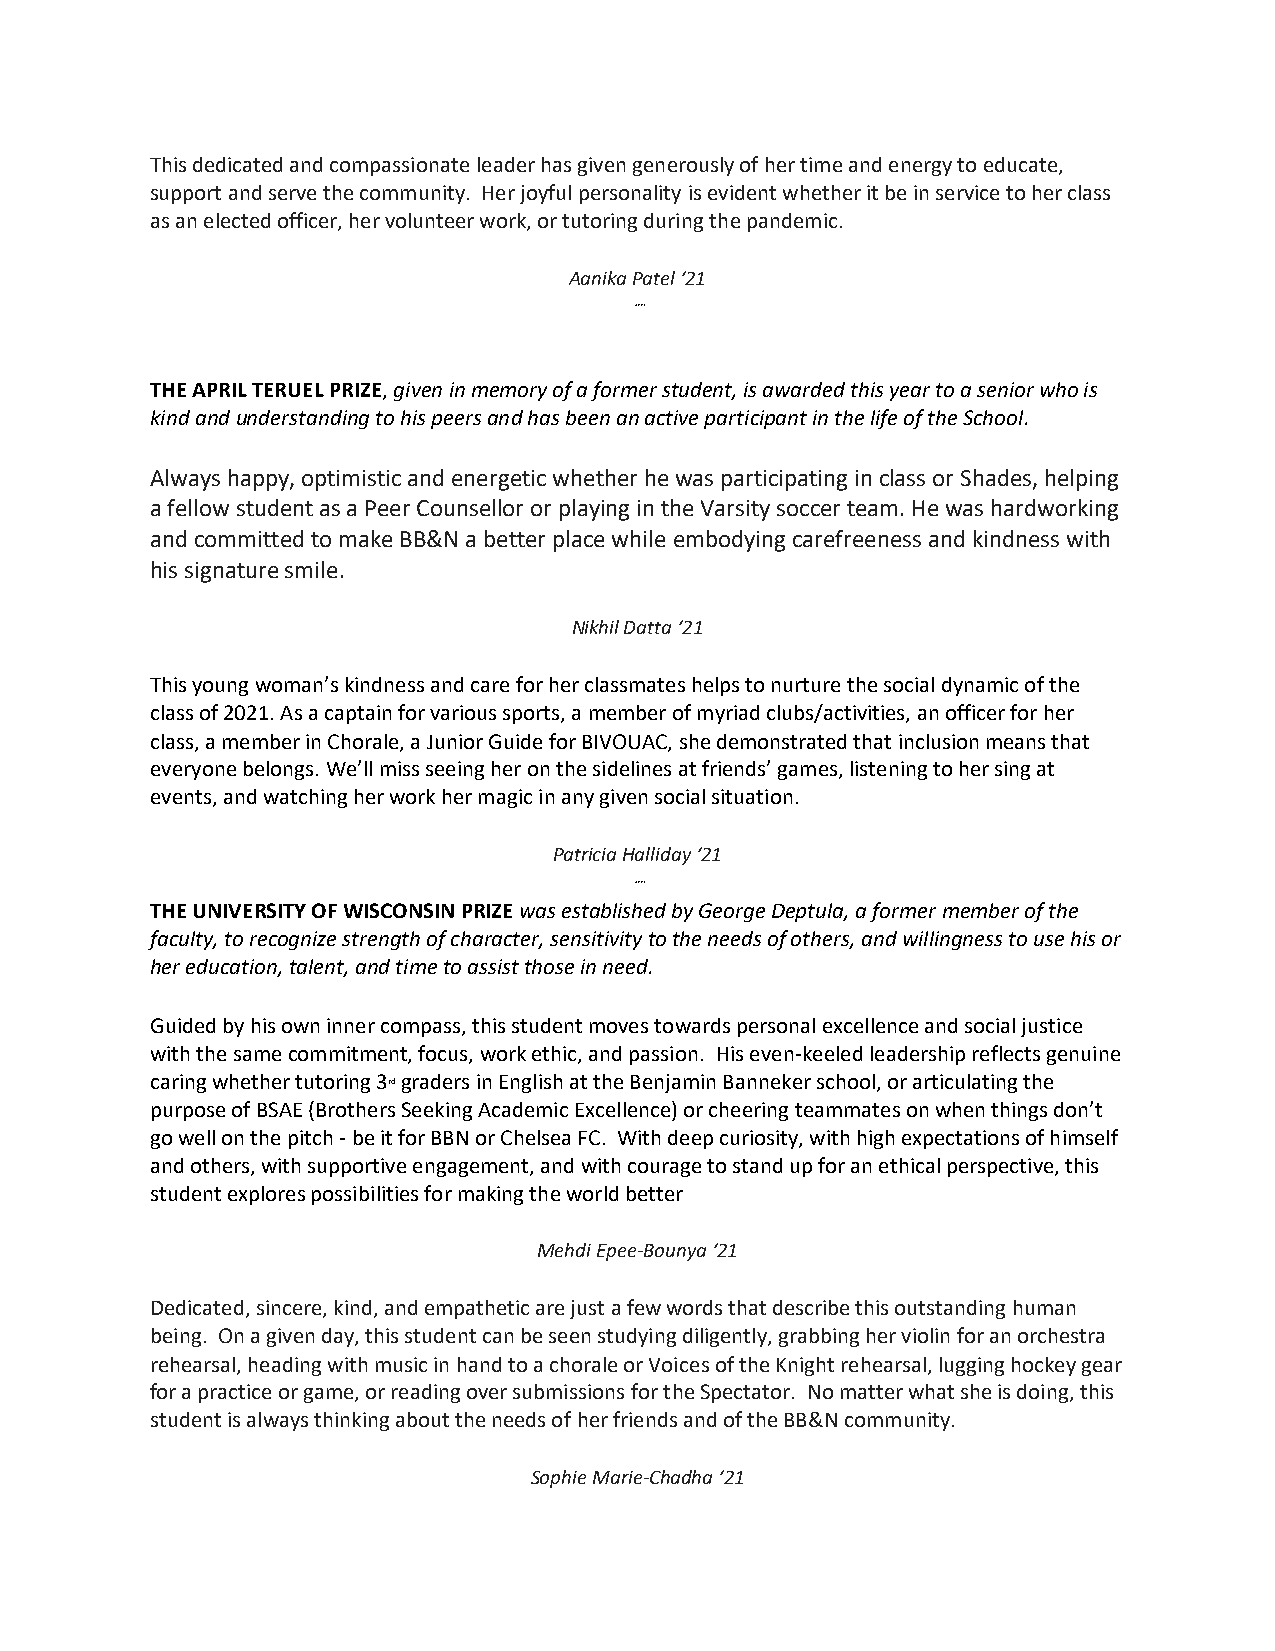
This dedicated and compassionate leader has given generously of her time and energy to educate,
 support and serve the community. Her joyful personality is evident whether it be in service to her class
 as an elected officer, her volunteer work, or tutoring during the pandemic.
 Aanika Patel ‘21
 ┉
 THE APRIL TERUEL PRIZE, given in memory of a former student, is awarded this year to a senior who is
 kind and understanding to his peers and has been an active participant in the life of the School.
 Always happy, optimistic and energetic whether he was participating in class or Shades, helping
 a fellow student as a Peer Counsellor or playing in the Varsity soccer team. He was hardworking
 and committed to make BB&N a better place while embodying carefreeness and kindness with
 his signature smile.
 Nikhil Datta ‘21
 This young woman’s kindness and care for her classmates helps to nurture the social dynamic of the
 class of 2021. As a captain for various sports, a member of myriad clubs/activities, an officer for her
 class, a member in Chorale, a Junior Guide for BIVOUAC, she demonstrated that inclusion means that
 everyone belongs. We’ll miss seeing her on the sidelines at friends’ games, listening to her sing at
 events, and watching her work her magic in any given social situation.
 Patricia Halliday ‘21
 ┉
 THE UNIVERSITY OF WISCONSIN PRIZE was established by George Deptula, a former member of the
 faculty, to recognize strength of character, sensitivity to the needs of others, and willingness to use his or
 her education, talent, and time to assist those in need.
 Guided by his own inner compass, this student moves towards personal excellence and social justice
 with the same commitment, focus, work ethic, and passion. His even-keeled leadership reflects genuine
 caring whether tutoring 3rd graders in English at the Benjamin Banneker school, or articulating the
 purpose of BSAE (Brothers Seeking Academic Excellence) or cheering teammates on when things don’t
 go well on the pitch - be it for BBN or Chelsea FC. With deep curiosity, with high expectations of himself
 and others, with supportive engagement, and with courage to stand up for an ethical perspective, this
 student explores possibilities for making the world better
 Mehdi Epee-Bounya ‘21
 Dedicated, sincere, kind, and empathetic are just a few words that describe this outstanding human
 being. On a given day, this student can be seen studying diligently, grabbing her violin for an orchestra
 rehearsal, heading with music in hand to a chorale or Voices of the Knight rehearsal, lugging hockey gear
 for a practice or game, or reading over submissions for the Spectator. No matter what she is doing, this
 student is always thinking about the needs of her friends and of the BB&N community.
 Sophie Marie-Chadha ‘21